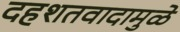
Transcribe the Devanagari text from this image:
दहशतवादामुळे